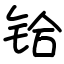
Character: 铪